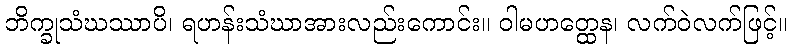
ဘိက္ခုသံဃဿာပိ၊ ရဟန်းသံဃာအားလည်းကောင်း။ ဝါမဟတ္ထေန၊ လက်ဝဲလက်ဖြင့်။